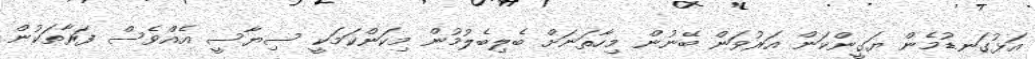
އަޅުގަނޑުމެން ޔަގީންކަން އަރުވަން ބޭނުން މިހާތަނަށް ބެލިބެލުމުން މިކަންކަމަކީ ސިޔާސީ އެއްވެސް ފަރާތަކުން